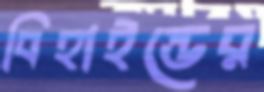
বিহাইন্ডের